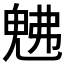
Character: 𭀯